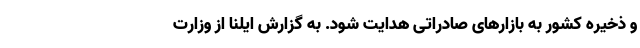
و ذخیره کشور به بازارهای صادراتی هدایت شود. به گزارش ایلنا از وزارت